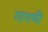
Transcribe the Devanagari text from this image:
गागणी